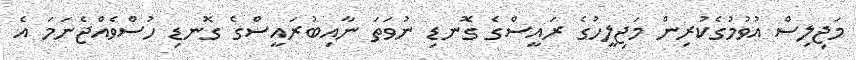
މަޖިލިސް އުވުމުގެކުރިން މަޖިލީހުގެ ރައީސްގެ ގޮނޑި ނުވަތަ ނާއިބުރައީސްގެ ގޮނޑި ހުސްވެއްޖެނަމަ އެ